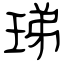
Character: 珶